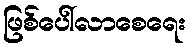
ဖြစ်ပေါ်လာစေရေး